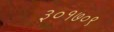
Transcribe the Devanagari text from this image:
३०१७०९